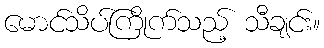
မောင်သိပ်ကြိုက်သည့် သီချင်း။